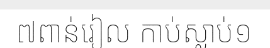
៧ពាន់រៀល កាប់ស្លាប់១